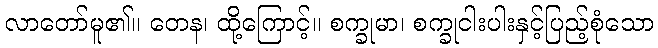
လာတော်မူ၏။ တေန၊ ထို့ကြောင့်။ စက္ခုမာ၊ စက္ခုငါးပါးနှင့်ပြည့်စုံသော